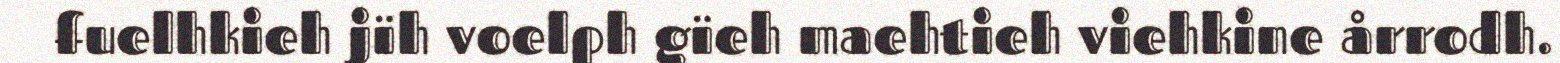
fuelhkieh jïh voelph gïeh maehtieh viehkine årrodh.